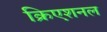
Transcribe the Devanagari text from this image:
क्रिएशनल